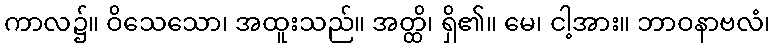
ကာလ၌။ ဝိသေသော၊ အထူးသည်။ အတ္ထိ၊ ရှိ၏။ မေ၊ ငါ့အား။ ဘာဝနာဗလံ၊